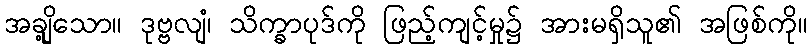
အချို့သော။ ဒုဗ္ဗလျံ၊ သိက္ခာပုဒ်ကို ဖြည့်ကျင့်မှု၌ အားမရှိသူ၏ အဖြစ်ကို။